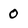
Character: 0